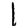
Digit: 1